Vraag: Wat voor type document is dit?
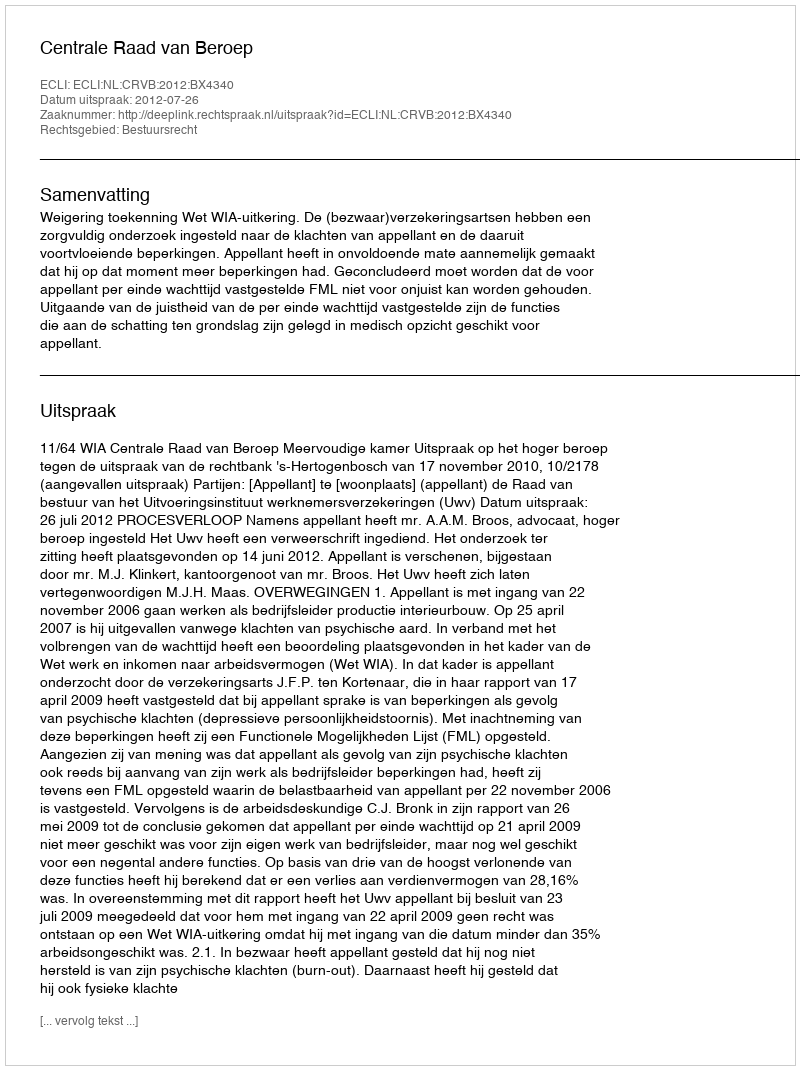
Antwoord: Uitspraak